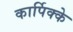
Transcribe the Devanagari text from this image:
कार्पिक्के